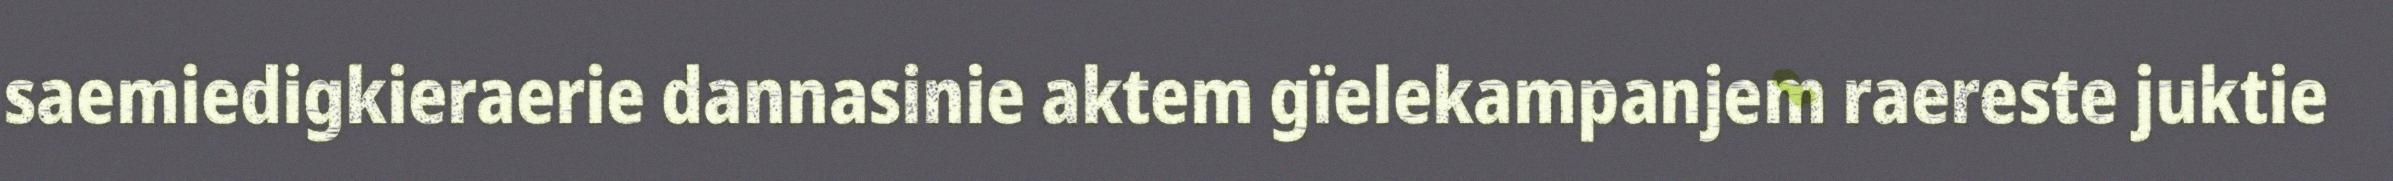
saemiedigkieraerie dannasinie aktem gïelekampanjem raereste juktie